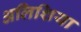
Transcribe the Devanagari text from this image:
अलिशिया